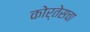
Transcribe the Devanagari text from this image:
कोर्तेसचा